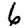
Digit: 6